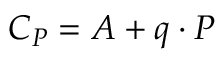
\textstyle C _ { P } = A + q \cdot P \,